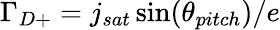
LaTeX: \Gamma_{D+}=j_{sat}\sin(\theta_{pitch})/e